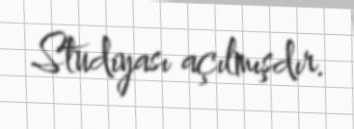
Studiyası açılmışdır.